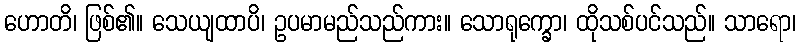
ဟောတိ၊ ဖြစ်၏။ သေယျထာပိ၊ ဥပမာမည်သည်ကား။ သောရုက္ခော၊ ထိုသစ်ပင်သည်။ သာရော၊